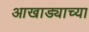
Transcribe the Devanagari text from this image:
आखाड्याच्या